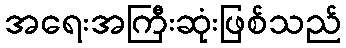
အရေးအကြီးဆုံးဖြစ်သည်